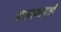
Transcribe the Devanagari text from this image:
कलापनाओं